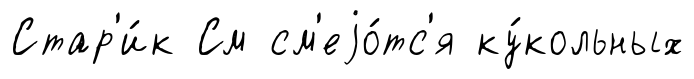
Стар'и́к См см'еjо́тс'я ку́кольных